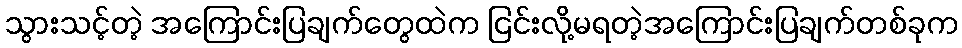
သွားသင့်တဲ့ အကြောင်းပြချက်တွေထဲက ငြင်းလို့မရတဲ့အကြောင်းပြချက်တစ်ခုက